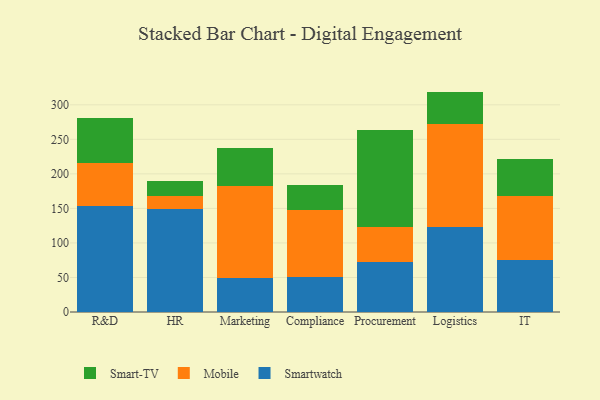
{"axis": {"x": "Department", "y": "Revenue (USD Million)"}, "legend": ["Mobile", "Smart-TV", "Smartwatch"], "data": [{"x": "R&D", "y": 153.9, "type": "Smartwatch"}, {"x": "R&D", "y": 61.7, "type": "Mobile"}, {"x": "R&D", "y": 65.7, "type": "Smart-TV"}, {"x": "HR", "y": 149.6, "type": "Smartwatch"}, {"x": "HR", "y": 19.0, "type": "Mobile"}, {"x": "HR", "y": 20.5, "type": "Smart-TV"}, {"x": "Marketing", "y": 49.7, "type": "Smartwatch"}, {"x": "Marketing", "y": 133.4, "type": "Mobile"}, {"x": "Marketing", "y": 54.8, "type": "Smart-TV"}, {"x": "Compliance", "y": 50.2, "type": "Smartwatch"}, {"x": "Compliance", "y": 97.3, "type": "Mobile"}, {"x": "Compliance", "y": 35.7, "type": "Smart-TV"}, {"x": "Procurement", "y": 72.7, "type": "Smartwatch"}, {"x": "Procurement", "y": 50.7, "type": "Mobile"}, {"x": "Procurement", "y": 139.7, "type": "Smart-TV"}, {"x": "Logistics", "y": 123.1, "type": "Smartwatch"}, {"x": "Logistics", "y": 149.8, "type": "Mobile"}, {"x": "Logistics", "y": 46.2, "type": "Smart-TV"}, {"x": "IT", "y": 74.7, "type": "Smartwatch"}, {"x": "IT", "y": 93.7, "type": "Mobile"}, {"x": "IT", "y": 53.1, "type": "Smart-TV"}]}